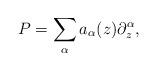
LaTeX: \begin{align*}P=\sum_\alpha a_\alpha(z)\partial_z^\alpha,\end{align*}